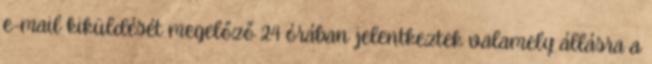
e-mail kiküldését megelőző 24 órában jelentkeztek valamely állásra a